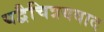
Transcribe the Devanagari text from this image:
यद्वैचित्रयवाद